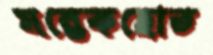
মন্তেকহোত